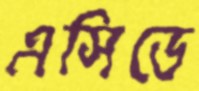
এসিডে